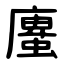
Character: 螷